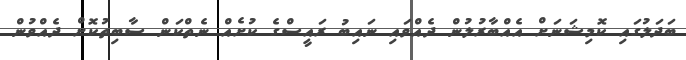
ބަދަލުގައި ކޮމިޝަނަށް އެއްބާރުލުން ދެއްވައި ނައިބު ރައީސްގެ ކުށެއް ނެތްކަން ސާބިތުކޮށް ދެއްވުން